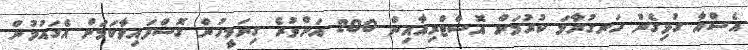
އެސްއާ ގުޅިގެން ހަނގުރާމަ ކުރުމަށް އޮސްޓްރިއާއިން 200 އަށްވުރެ ގިނަމީހުން ގޮސްފައިވާކަމަށް އެގައުމުން